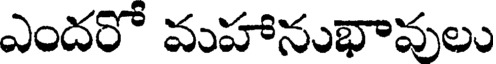
ఎందరో మహానుభావులు